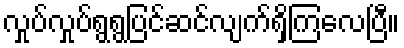
လှုပ်လှုပ်ရွရွပြင်ဆင်လျက်ရှိကြလေပြီ။